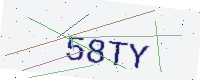
Text: 58TY